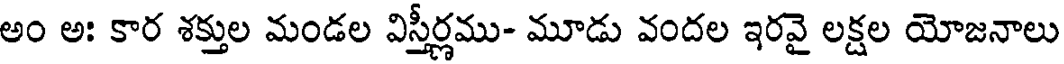
అం అః కార శక్తుల మండల విస్తీర్ణము- మూడు వందల ఇరవై లక్షల యోజనాలు